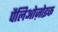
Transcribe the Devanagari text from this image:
पैलिओज़ोइक